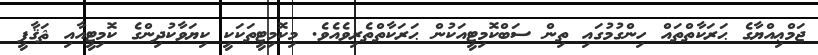
ޖަމްޢިއްޔާގެ ޙަރަކާތްތައް ހިންގުމުގައި ތިން ސަބްކޮމިޓީއަކުން ޙަރަކާތްތެރިވެއެވެ. މިކޮމިޓީތަކަކީ ކިޔަވާކުދިންގެ ކޮމިޓީއާއި ޘަޤާފީ